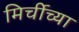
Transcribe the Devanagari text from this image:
मिर्चीच्या